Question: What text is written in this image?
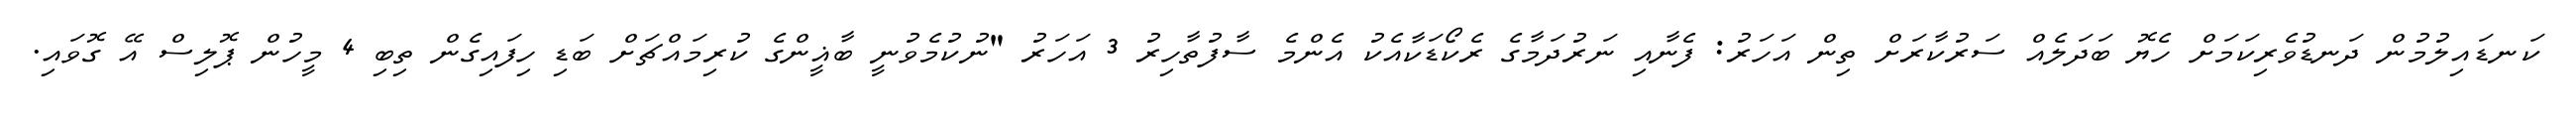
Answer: ކަނޑައިލުމުން ދަނޑުވެރިކަމަށް ހެޔޮ ބަދަލެއް ސަރުކާރަށް ތިން އަހަރު: ފެނާއި ނަރުދަމާގެ ރެކޯޑަކާއެކު އެންމެ ސާފުތާހިރު 3 އަހަރު "ނުކުމެވުނީ ބާޣީންގެ ކުރިމައްޗަށް ބަޑި ހިފައިގެން ތިބި 4 މީހުން ޕޮލިސް އޭ ގޮވައި.